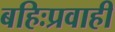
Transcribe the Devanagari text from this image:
बहिःप्रवाही